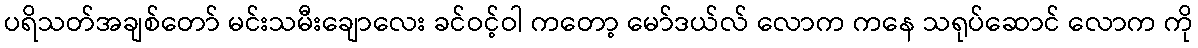
ပရိသတ်အချစ်တော် မင်းသမီးချောလေး ခင်ဝင့်ဝါ ကတော့ မော်ဒယ်လ် လောက ကနေ သရုပ်ဆောင် လောက ကို